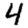
Digit: 4